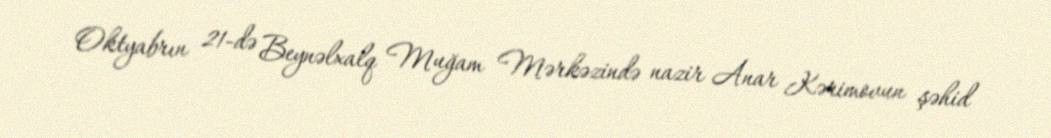
Oktyabrın 21-də Beynəlxalq Muğam Mərkəzində nazir Anar Kərimovun şəhid